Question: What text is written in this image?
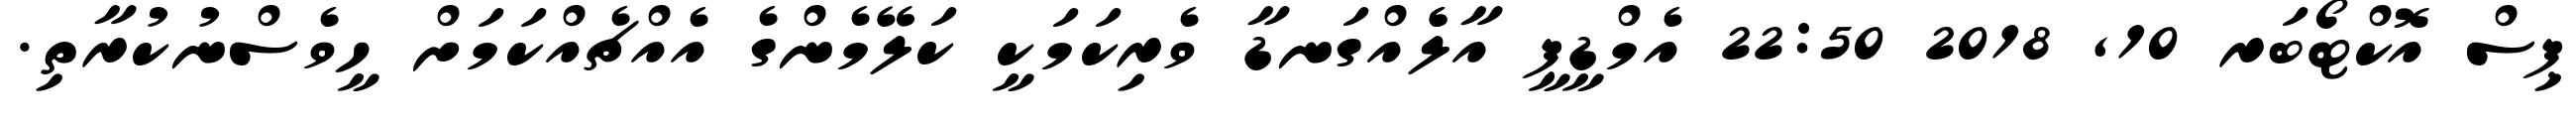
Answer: ޕިސް އޮކްޓޯބަރ 10, 2018 22:50 އެމްޑީޕީ އާލެެއްގަނޑާ ވެރިކަމަކީ ކަލޭމެންގެ އެއްޗެއްކަމަށް ހީވެސްނުކުރާތި.